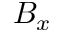
B _ { x }